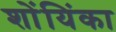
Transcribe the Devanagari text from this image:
शोंयिंका